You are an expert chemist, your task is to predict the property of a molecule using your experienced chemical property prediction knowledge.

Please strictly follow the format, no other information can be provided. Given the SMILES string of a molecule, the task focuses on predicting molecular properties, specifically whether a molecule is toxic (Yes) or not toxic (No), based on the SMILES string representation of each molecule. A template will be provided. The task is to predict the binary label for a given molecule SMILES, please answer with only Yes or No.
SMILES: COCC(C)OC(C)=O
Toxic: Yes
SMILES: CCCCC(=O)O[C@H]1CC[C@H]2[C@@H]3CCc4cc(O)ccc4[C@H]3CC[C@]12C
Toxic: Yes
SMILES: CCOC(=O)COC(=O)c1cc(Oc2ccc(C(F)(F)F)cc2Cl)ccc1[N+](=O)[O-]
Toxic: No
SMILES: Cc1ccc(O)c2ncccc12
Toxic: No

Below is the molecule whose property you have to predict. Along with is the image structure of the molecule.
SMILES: CC(=O)O[C@H]1CC[C@H]2[C@@H]3CCC4=CC(=O)CCC4=C3C=C[C@]12C
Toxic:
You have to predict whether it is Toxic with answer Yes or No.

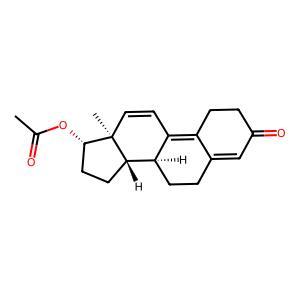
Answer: Yes